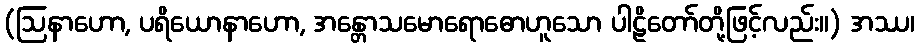
(ဩနာဟော, ပရိယောနာဟော, အန္တောသမောရောဓောဟူသော ပါဠိတော်တို့ဖြင့်လည်း။) အဿ၊